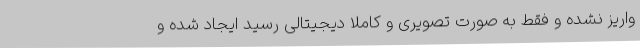
واریز نشده و فقط به صورت تصویری و کاملاً دیجیتالی رسید ایجاد شده و